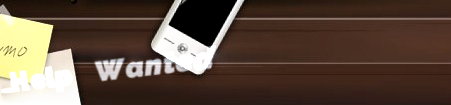
Help Wanted